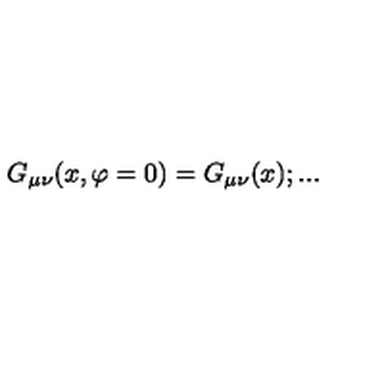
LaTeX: G _ { \mu \nu } ( x , \varphi = 0 ) = G _ { \mu \nu } ( x ) ; . . .